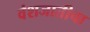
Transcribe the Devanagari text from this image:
वंशजातीचा